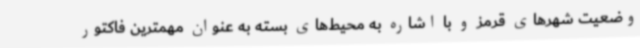
وضعیت شهرهای قرمز و با اشاره به محیط‌های بسته به عنوان مهمترین فاکتور